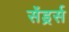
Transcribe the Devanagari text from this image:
सेंड्रर्स